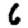
Digit: 6